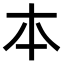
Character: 𠥽